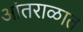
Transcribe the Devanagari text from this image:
आंतराळात